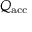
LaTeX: Q _ { \mathrm { a c c } }